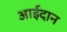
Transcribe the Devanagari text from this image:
आईदान